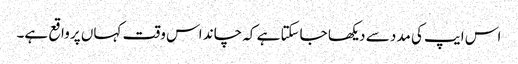
اس ایپ کی مدد سے دیکھا جاسکتا ہے کہ چاند اس وقت کہاں پر واقع ہے۔